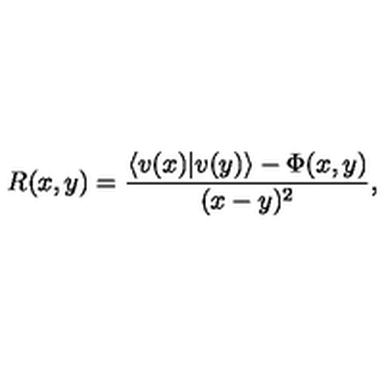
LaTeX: R ( x , y ) = \frac { \langle v ( x ) | v ( y ) \rangle - \Phi ( x , y ) } { ( x - y ) ^ { 2 } } ,